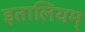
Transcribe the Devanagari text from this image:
इतालियम्